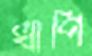
খাপি